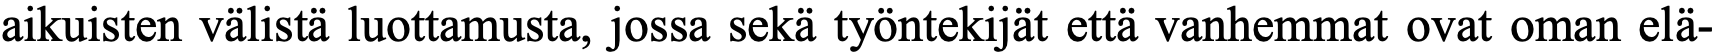
aikuisten välistä luottamusta, jossa sekä työntekijät että vanhemmat ovat oman elä-